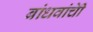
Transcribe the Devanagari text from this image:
बांधवांचीे